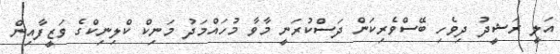
އަލީ ރަޝީދު ދިވެހި ބޭސްވެރިކަން ދަސްކުރަނީ މާވާ މުހައްމަދު މަނިކް ކްލިނިކްގެ ވަޒީފާއިން